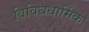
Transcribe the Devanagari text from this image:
विविधधार्मिक